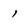
Character: 1